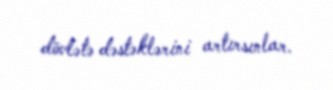
dövlətə dəstəklərini artırsınlar.